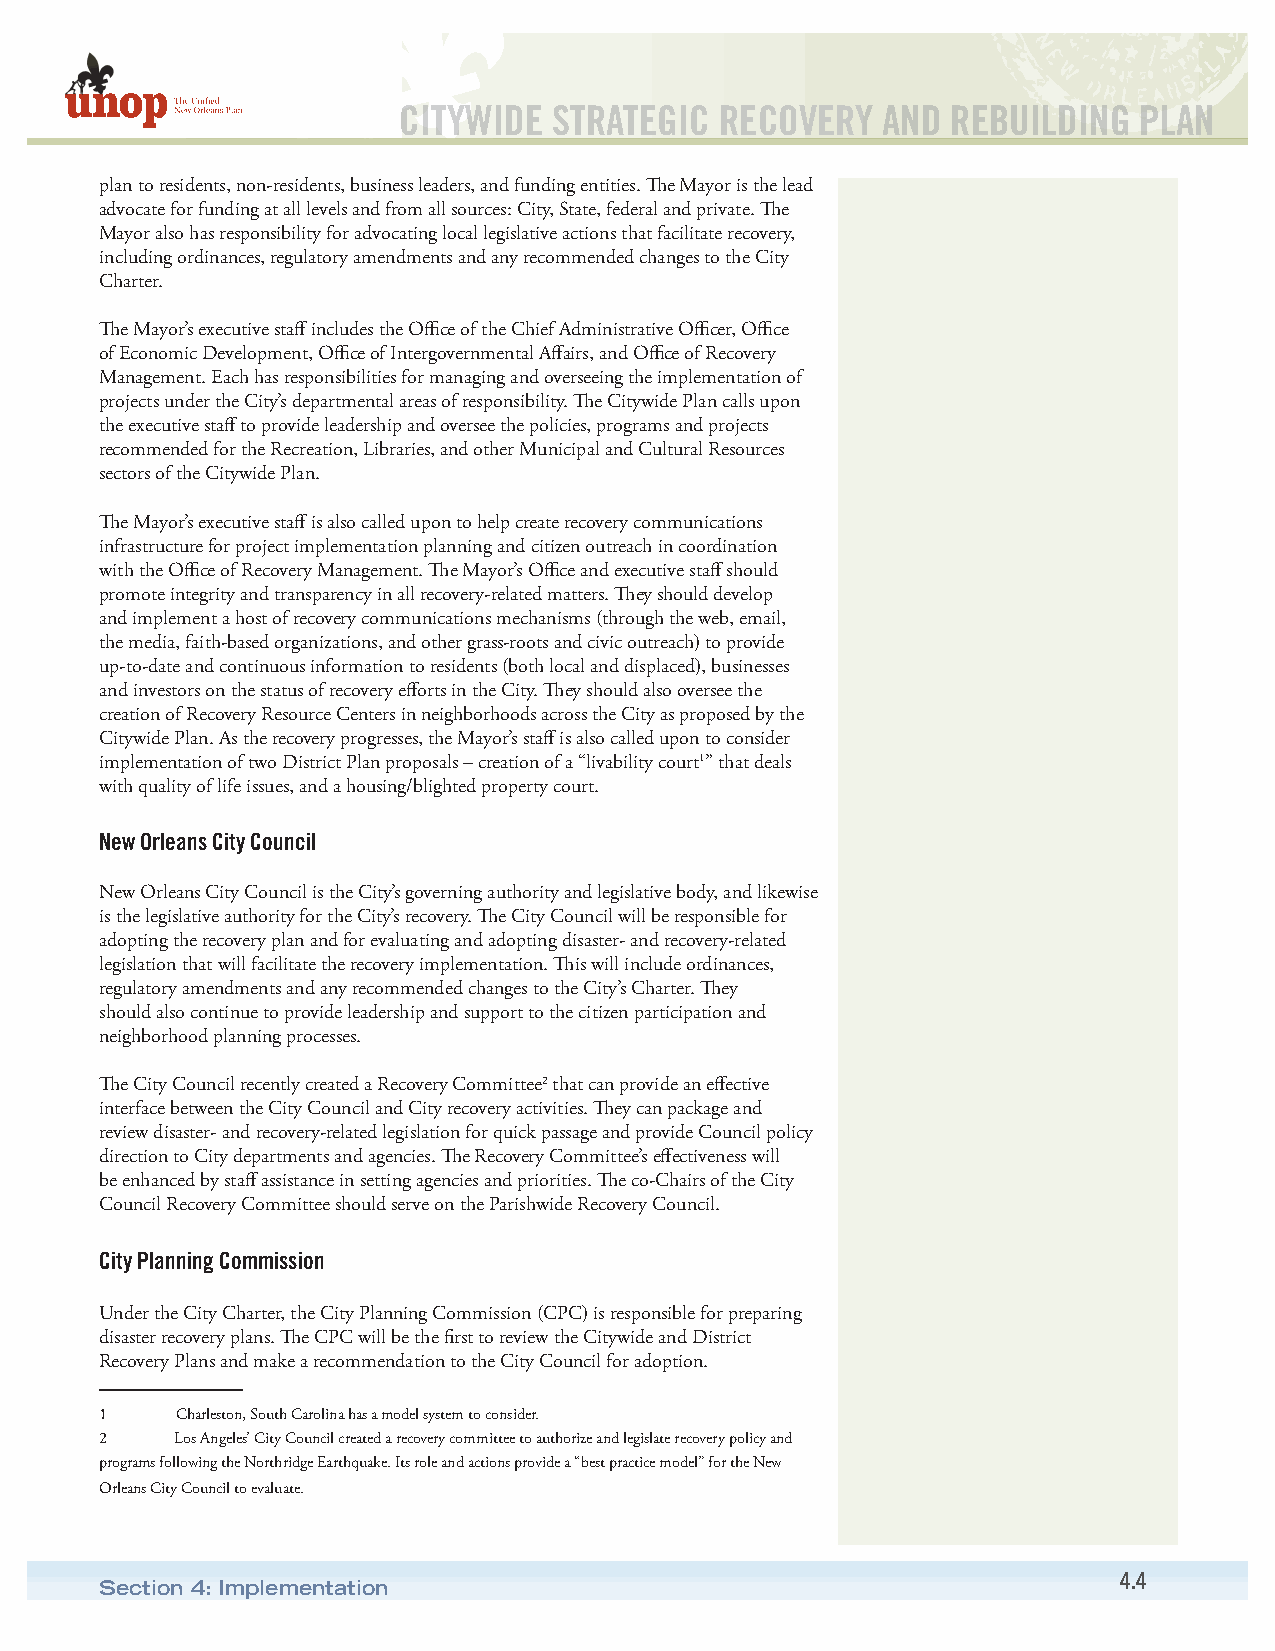
CITYWIDE   STRATEGIC  RECOVERY  AND  REBUILDING  PLAN
 plan to residents, non-residents, business leaders, and funding entities. The Mayor is the lead
 advocate for funding at all levels and from all sources: City, State, federal and private. The
 Mayor also has responsibility for advocating local legislative actions that facilitate recovery,
 including ordinances, regulatory amendments and any recommended changes to the City
 Charter.
 The Mayor’s executive staff includes the Office of the Chief Administrative Officer, Office
 of Economic Development, Office of Intergovernmental Affairs, and Office of Recovery
 Management. Each has responsibilities for managing and overseeing the implementation of
 projects under the City’s departmental areas of responsibility. The Citywide Plan calls upon
 the executive staff to provide leadership and oversee the policies, programs and projects
 recommended for the Recreation, Libraries, and other Municipal and Cultural Resources
 sectors of the Citywide Plan.
 The Mayor’s executive staff is also called upon to help create recovery communications
 infrastructure for project implementation planning and citizen outreach in coordination
 with the Office of Recovery Management. The Mayor’s Office and executive staff should
 promote integrity and transparency in all recovery-related matters. They should develop
 and implement a host of recovery communications mechanisms (through the web, email,
 the media, faith-based organizations, and other grass-roots and civic outreach) to provide
 up-to-date and continuous information to residents (both local and displaced), businesses
 and investors on the status of recovery efforts in the City. They should also oversee the
 creation of Recovery Resource Centers in neighborhoods across the City as proposed by the
 Citywide Plan. As the recovery progresses, the Mayor’s staff is also called upon to consider
 implementation of two District Plan proposals – creation of a “livability court1” that deals
 with quality of life issues, and a housing/blighted property court.
 New Orleans City Council
 New Orleans City Council is the City’s governing authority and legislative body, and likewise
 is the legislative authority for the City’s recovery. The City Council will be responsible for
 adopting the recovery plan and for evaluating and adopting disaster- and recovery-related
 legislation that will facilitate the recovery implementation. This will include ordinances,
 regulatory amendments and any recommended changes to the City’s Charter. They
 should also continue to provide leadership and support to the citizen participation and
 neighborhood planning processes.
 The City Council recently created a Recovery Committee2 that can provide an effective
 interface between the City Council and City recovery activities. They can package and
 review disaster- and recovery-related legislation for quick passage and provide Council policy
 direction to City departments and agencies. The Recovery Committee’s effectiveness will
 be enhanced by staff assistance in setting agencies and priorities. The co-Chairs of the City
 Council Recovery Committee should serve on the Parishwide Recovery Council.
 City Planning Commission
 Under the City Charter, the City Planning Commission (CPC) is responsible for preparing
 disaster recovery plans. The CPC will be the first to review the Citywide and District
 Recovery Plans and make a recommendation to the City Council for adoption.
 1    Charleston, South Carolina has a model system to consider.
 2    Los Angeles’ City Council created a recovery committee to authorize and legislate recovery policy and
 programs following the Northridge Earthquake. Its role and actions provide a “best practice model” for the New
 Orleans City Council to evaluate.
 4.4
 Section 4: Implementation